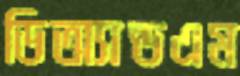
ডিঅ্যান্ডএম